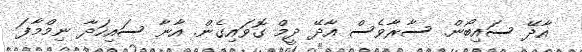
އާދޭ ސައިބޯން. ސާރާވެސް އާދޭ ދީމް ގޮވައިގެން. އާނާ ސައިހަދާ ނިމްމާފަ